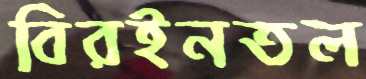
বিরইনতল